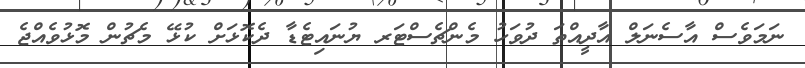
ނަމަވެސް އާސެނަލް އާދީއްތަ ދުވަހު މެންޗެސްޓަރ ޔުނައިޓެޑާ ދެކޮޅަށް ކުޅޭ މެޗުން މޮޅުވެއްޖެ